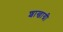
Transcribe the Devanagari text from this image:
शाखाग्री